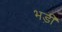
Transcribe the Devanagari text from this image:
भड़ी